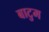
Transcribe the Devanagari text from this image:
बाटुम